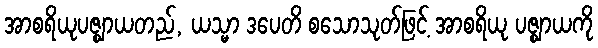
အာစရိယုပဇ္ဈာယတည်, ယသ္မာ ဒပေတိ စသောသုတ်ဖြင့် အာစရိယု ပဇ္ဈာယကို